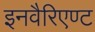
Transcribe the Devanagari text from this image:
इनवैरिएण्ट